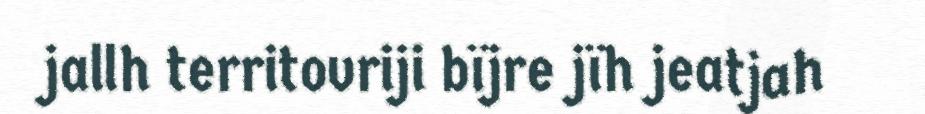
jallh territovriji bïjre jïh jeatjah